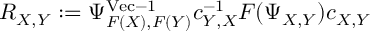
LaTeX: R _ { X , Y } : = \Psi _ { F ( X ) , F ( Y ) } ^ { \mathrm { V e c } - 1 } c _ { Y , X } ^ { - 1 } F ( \Psi _ { X , Y } ) c _ { X , Y }